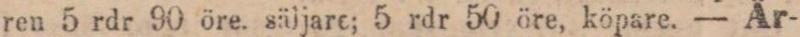
ren 5 rdr 90 öre. säljare; 5 rdr 50 öre, köpare. — Är-